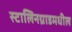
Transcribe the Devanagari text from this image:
स्टालिनग्राडमधील